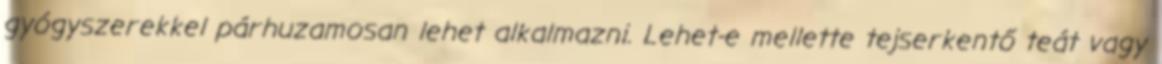
gyógyszerekkel párhuzamosan lehet alkalmazni. Lehet-e mellette tejserkentő teát vagy